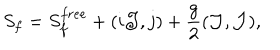
S _ { f } = S _ { f } ^ { f r e e } + ( i { \cal J } , j ) + { \frac { g } { 2 } } ( { \cal J } , { \cal J } ) ,